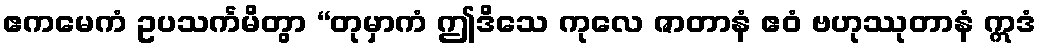
ဧကမေကံ ဥပသင်္ကမိတွာ “တုမှာကံ ဤဒိသေ ကုလေ ဇာတာနံ ဧဝံ ဗဟုဿုတာနံ ဣဒံ